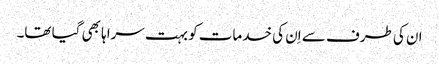
ان کی طرف سے اِن کی خدمات کو بہت سراہا بھی گیا تھا۔